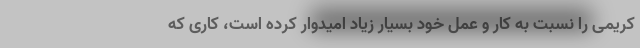
كریمى را نسبت به كار و عمل خود بسیار زیاد امیدوار كرده است، كاری كه